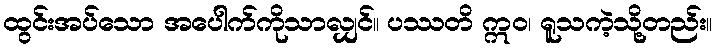
ထွင်းအပ်သော အပေါက်ကိုသာလျှင်။ ပဿတိ ဣဝ၊ ရူသကဲ့သို့တည်း။